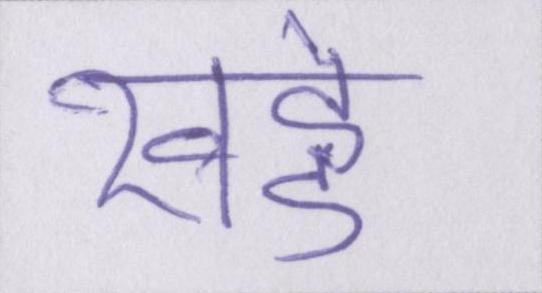
खड्डे